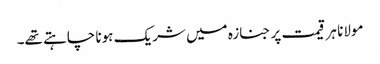
مولانا ہر قیمت پر جنازہ میں شریک ہونا چاہتے تھے۔